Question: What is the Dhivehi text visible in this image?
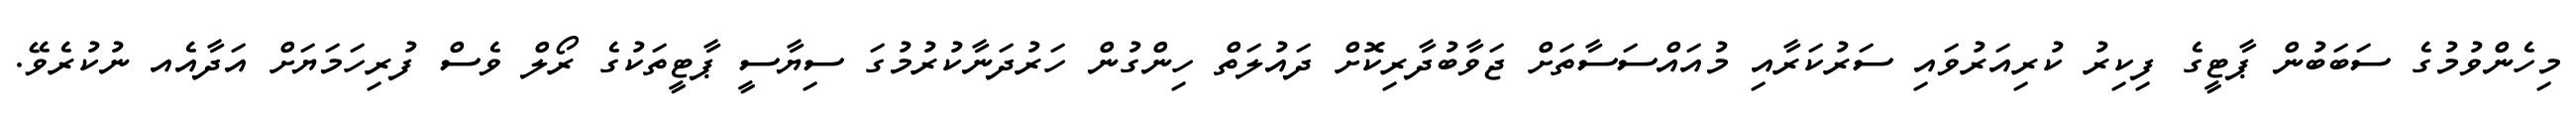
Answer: މިހެންވުމުގެ ސަބަބުން ޕާޓީގެ ފިކިރު ކުރިއަރުވައި ސަރުކަރާއި މުއައްސަސާތަށް ޖަވާބުދާރިކޮށް ދައުލަތް ހިންގުން ހަރުދަނާކުރުމުގަ ސިޔާސީ ޕާޓީތަކުގެ ރޯލް ވެސް ފުރިހަމަޔަށް އަދާއެއ ނުކުރެވޭ.